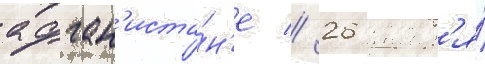
афган'иста́н'е // 26 январ'я́